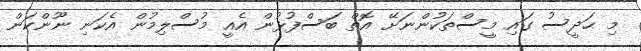
މި ޙަދީސު ގައި މީސްތަކުންނަށޭ އޮތް ބަސްފުޅުން އެއީ މުސްލިމުން އެކަނި ނޫންކަން